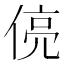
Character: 𬾻